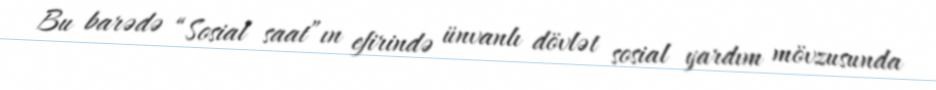
Bu barədə “Sosial saat”ın efirində ünvanlı dövlət sosial yardım mövzusunda